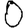
Digit: 0